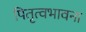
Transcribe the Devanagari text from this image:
पितृत्वभावना